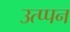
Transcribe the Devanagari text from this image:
उत्प्पन